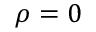
\rho = 0